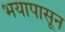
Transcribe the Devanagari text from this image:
भयापासून